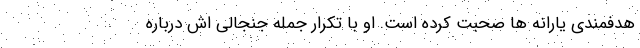
هدفمندی یارانه ها صحبت کرده است. او با تکرار جمله جنجالی اش درباره